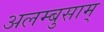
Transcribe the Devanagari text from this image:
अलम्बुसाम्